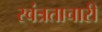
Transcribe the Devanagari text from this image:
स्वंत्रताचारी